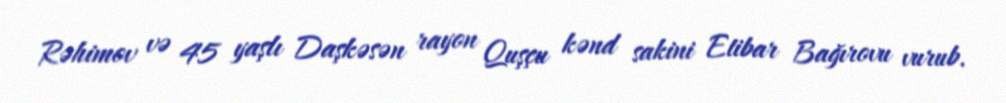
Rəhimov və 45 yaşlı Daşkəsən rayon Quşçu kənd sakini Etibar Bağırovu vurub.